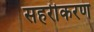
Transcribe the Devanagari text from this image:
सहरीकरण